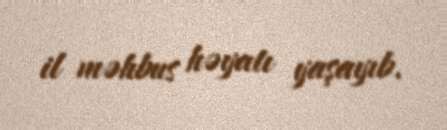
il məhbus həyatı yaşayıb.